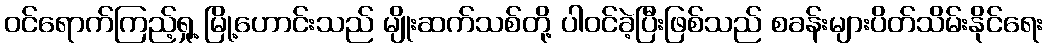
ဝင်ရောက်ကြည့်ရှု့ မြို့ဟောင်းသည် မျိုးဆက်သစ်တို့ ပါဝင်ခဲ့ပြီးဖြစ်သည် စခန်းများပိတ်သိမ်းနိုင်ရေး